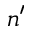
n ^ { \prime }